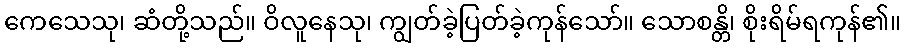
ကေသေသု၊ ဆံတို့သည်။ ဝိလူနေသု၊ ကျွတ်ခဲ့ပြတ်ခဲ့ကုန်သော်။ သောစန္တိ၊ စိုးရိမ်ရကုန်၏။